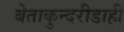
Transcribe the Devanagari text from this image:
बेताकुन्दरीडाही